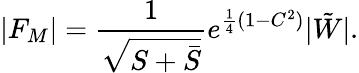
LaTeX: |F_{M}|=\frac{1}{\sqrt{S+\bar{S}}}e^{\frac{1}{4}(1-C^{2})}|\tilde{W}|.